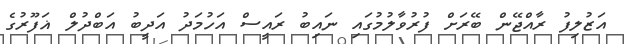
އަޒުލިފު ރާއްޖޭން ބޭރަށް ފުރުވާލުމުގައި ނައިބު ރައީސް އަހުމަދު އަދީބު އަބްދުލް ޣަފޫރުގެ